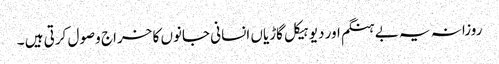
روزانہ یہ بے ہنگم اور دیوہیکل گاڑیاں انسانی جانوں کا خراج وصول کرتی ہیں ۔